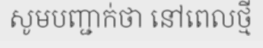
សូមបញ្ជាក់ថា នៅពេលថ្មី